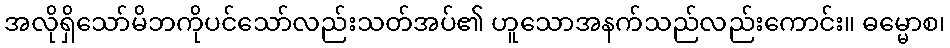
အလိုရှိသော်မိဘကိုပင်သော်လည်းသတ်အပ်၏ ဟူသောအနက်သည်လည်းကောင်း။ ဓမ္မောစ၊